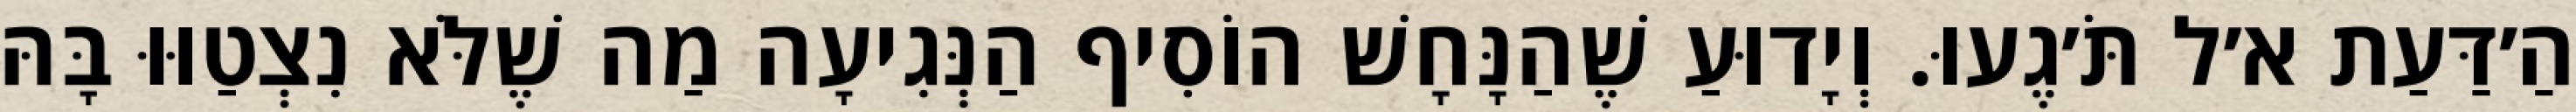
הַ׳דַּעַת א׳ל תֹּ׳גֶעוּ. וְיָדוּעַ שֶׁהַנָּחָשׁ הוֹסִיף הַנְּגִיעָה מַה שֶׁלֹּא נִצְטַוּוּ בָּהּ